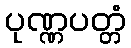
ပုဏ္ဏပတ္တံ